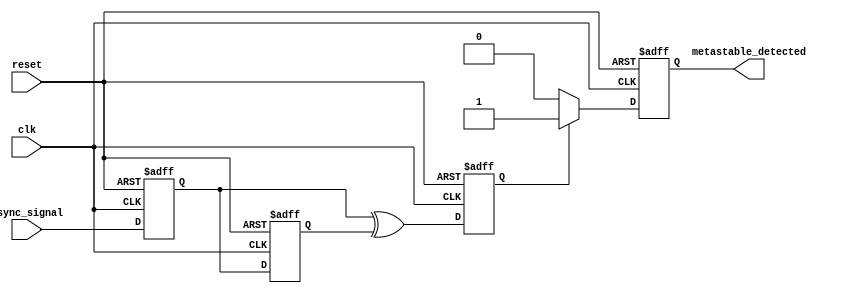
module metastability_detector (
    input wire clk,             // Stable clock signal
    input wire async_signal,    // Asynchronous input signal
    input wire reset,           // Reset signal
    output reg metastable_detected // Output signal indicating metastability
);

    reg ff1, ff2;               // Flip-flops for double sampling
    reg pulse;                  // Pulse signal for metastability indication

    // Flip-flops to sample the asynchronous input signal
    always @(posedge clk or posedge reset) begin
        if (reset) begin
            ff1 <= 1'b0;
            ff2 <= 1'b0;
        end else begin
            ff1 <= async_signal; // Sample async signal at clock edge
            ff2 <= ff1;          // Sample the output of the first flip-flop
        end
    end

    // Pulse generation logic
    always @(posedge clk or posedge reset) begin
        if (reset) begin
            pulse <= 1'b0;
        end else begin
            pulse <= (ff1 ^ ff2); // Generate pulse if ff1 and ff2 are different
        end
    end

    // Metastability detection logic
    always @(posedge clk or posedge reset) begin
        if (reset) begin
            metastable_detected <= 1'b0;
        end else begin
            if (pulse) begin
                metastable_detected <= 1'b1; // Set metastable detected if pulse is high
            end else begin
                metastable_detected <= 1'b0; // Clear metastable detected otherwise
            end
        end
    end

endmodule